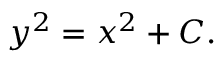
y ^ { 2 } = x ^ { 2 } + C .